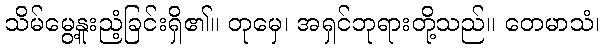
သိမ်မွေ့နူးညံ့ခြင်းရှိ၏။ တုမှေ၊ အရှင်ဘုရားတို့သည်။ တေမာသံ၊